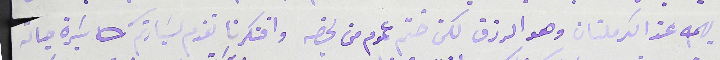
يهمه عن الكرملتان وهو الرزق لكن ختّم عموم من يخصه وافتكرنا نقدم لسَيادتكم سَيرة حياته